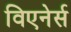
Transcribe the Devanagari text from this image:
विएनेर्स